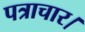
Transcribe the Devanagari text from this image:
पत्राचार।